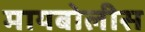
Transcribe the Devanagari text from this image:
मायबोलीस